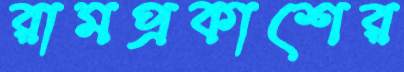
রামপ্রকাশের